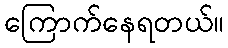
ကြောက်နေရတယ်။